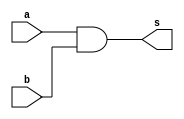
`timescale 1ns / 1ps
//////////////////////////////////////////////////////////////////////////////////
// Company: 
// Engineer: 
// 
// Design Name: 
// Module Name: and
// Project Name: 
// Target Devices: 
// Tool Versions: 
// Description: 
// 
// Dependencies: 
// 
// Revision:
// Revision 0.01 - File Created
// Additional Comments:
// 
//////////////////////////////////////////////////////////////////////////////////

module And(
input  [31:0] a,b,
output  [31:0] s
    );
    
assign s = a&b;


endmodule